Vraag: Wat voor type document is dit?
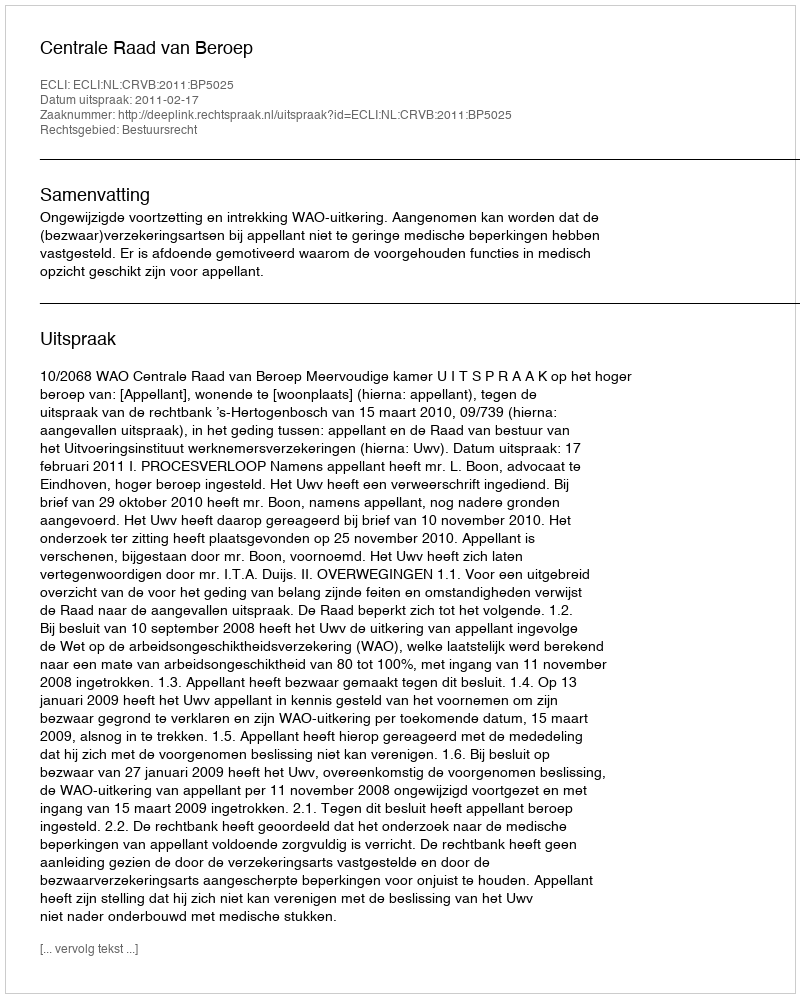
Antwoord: Uitspraak